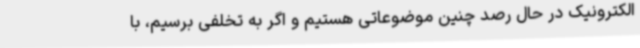
الکترونیک در حال رصد چنین موضوعاتی هستیم و اگر به تخلفی برسیم، با